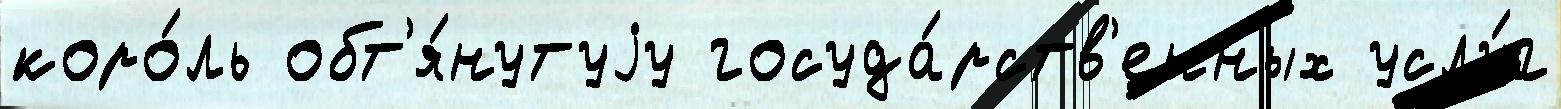
коро́ль обт'я́нутуjу госуда́рств'енных услу́г